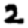
Digit: 2